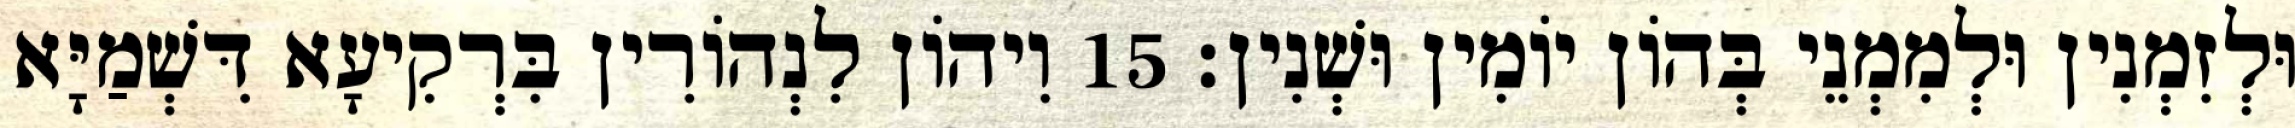
וּלְזִמְנִין וּלְמִמְנֵי בְּהוֹן יוֹמִין וּשְׁנִין׃ 15 וִיהוֹן לִנְהוֹרִין בִּרְקִיעָא דִּשְׁמַיָּא